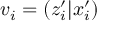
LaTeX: v _ { i } = \left( z _ { i } ^ { \prime } | x _ { i } ^ { \prime } \right)